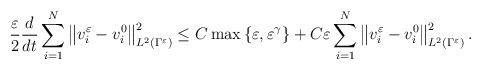
LaTeX: \begin{align*}\frac{\varepsilon}{2}\frac{d}{dt}\sum_{i=1}^{N}\left\Vert v_{i}^{\varepsilon}-v_{i}^{0}\right\Vert _{L^{2}\left(\Gamma^{\varepsilon}\right)}^{2}\le C\max\left\{ \varepsilon,\varepsilon^{\gamma}\right\} +C\varepsilon\sum_{i=1}^{N}\left\Vert v_{i}^{\varepsilon}-v_{i}^{0}\right\Vert _{L^{2}\left(\Gamma^{\varepsilon}\right)}^{2}.\end{align*}